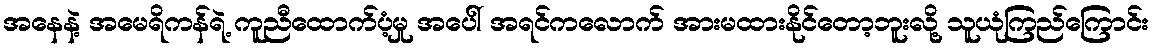
အနေနဲ့ အမေရိကန်ရဲ့ ကူညီထောက်ပံ့မှု အပေါ် အရင်ကလောက် အားမထားနိုင်တော့ဘူးလို့ သူယုံကြည်ကြောင်း